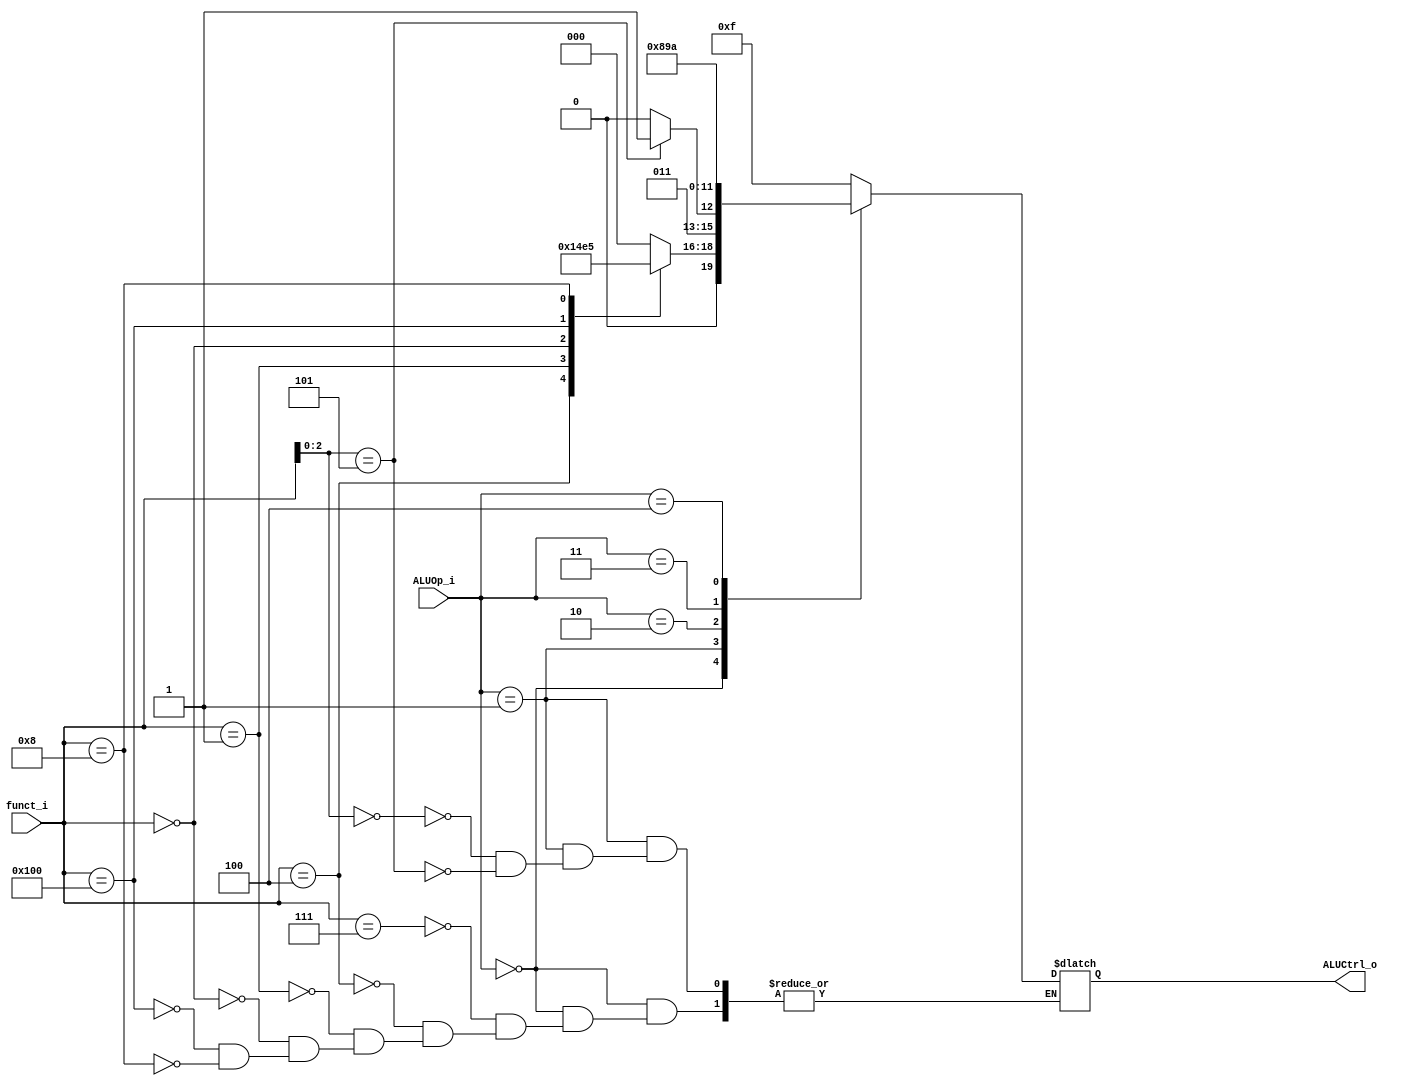
module ALU_Control 
(
    funct_i    ,
    ALUOp_i    ,
    ALUCtrl_o  
);

input [9:0] funct_i;
input [2:0] ALUOp_i;
output [3:0] ALUCtrl_o;
reg   [3:0] ALUCtrl;
assign ALUCtrl_o = ALUCtrl[3:0];

`define AND 10'b0000000111
`define XOR 10'b0000000100
`define SLL 10'b0000000001
`define ADD 10'b0000000000
`define SUB 10'b0100000000
`define MUL 10'b0000001000
`define R 3'b000
`define I 3'b001
`define LW 3'b010
`define SW 3'b011
`define BEQ 3'b100

always @(funct_i or  ALUOp_i)
begin
	case(ALUOp_i)
		`R:
		begin
			case (funct_i) 
				`AND: ALUCtrl = 4'b0000;
				`XOR: ALUCtrl = 4'b0001;
				`SLL: ALUCtrl = 4'b0010;
				`ADD: ALUCtrl = 4'b0011;
				`SUB: ALUCtrl = 4'b0100;
				`MUL: ALUCtrl = 4'b0101;
			endcase
		end

		`I:
		begin
			case (funct_i[2:0])
				3'b000: ALUCtrl = 4'b0110;		//addi
				3'b101: ALUCtrl = 4'b0111;		//srai
			endcase
		end
		
		`LW: ALUCtrl = 4'b1000;
		`SW: ALUCtrl = 4'b1001;
		`BEQ: ALUCtrl = 4'b1010;
		default: ALUCtrl = 4'b1111;
	endcase
end

endmodule